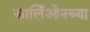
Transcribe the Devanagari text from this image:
कार्लिओनच्या